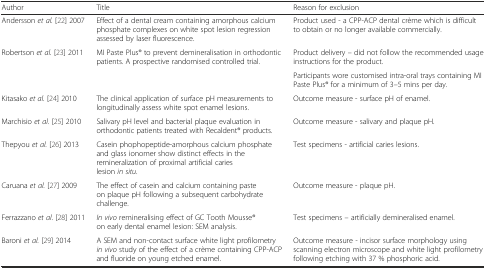
<table><thead><tr><td><b>Author</b></td><td><b>Title</b></td><td><b>Reason for exclusion</b></td></tr></thead><tbody><tr><td>Andersson <i>et al.</i> [22] 2007</td><td>Effect of a dental cream containing amorphous calcium phosphate complexes on white spot lesion regression assessed by laser fluorescence.</td><td>Product used - a CPP-ACP dental crème which is difficult to obtain or no longer available commercially.</td></tr><tr><td rowspan="2">Robertson <i>et al. </i>[23] 2011</td><td rowspan="2">MI Paste Plus® to prevent demineralisation in orthodontic patients. A prospective randomised controlled trial.</td><td>Product delivery – did not follow the recommended usage instructions for the product.</td></tr><tr><td>Participants wore customised intra-oral trays containing MI Paste Plus® for a minimum of 3–5 mins per day.</td></tr><tr><td>Kitasako <i>et al. </i>[24] 2010</td><td>The clinical application of surface pH measurements to longitudinally assess white spot enamel lesions.</td><td>Outcome measure - surface pH of enamel.</td></tr><tr><td>Marchisio <i>et al. </i>[25] 2010</td><td>Salivary pH level and bacterial plaque evaluation in orthodontic patients treated with Recaldent® products.</td><td>Outcome measure - salivary and plaque pH.</td></tr><tr><td>Thepyou <i>et al.</i> [26] 2013</td><td>Casein phophopeptide-amorphous calcium phosphate and glass ionomer show distinct effects in the remineralization of proximal artificial caries lesion <i>in situ</i>.</td><td>Test specimens - artificial caries lesions.</td></tr><tr><td>Caruana <i>et al.</i> [27] 2009</td><td>The effect of casein and calcium containing paste on plaque pH following a subsequent carbohydrate challenge.</td><td>Outcome measure - plaque pH.</td></tr><tr><td>Ferrazzano <i>et al.</i> [28] 2011</td><td><i>In vivo</i> remineralising effect of GC Tooth Mousse® on early dental enamel lesion: SEM analysis.</td><td>Test specimens – artificially demineralised enamel.</td></tr><tr><td>Baroni <i>et al.</i> [29] 2014</td><td>A SEM and non-contact surface white light profilometry <i>in vivo</i> study of the effect of a crème containing CPP-ACP and fluoride on young etched enamel.</td><td>Outcome measure <i>-</i> incisor surface morphology using scanning electron microscope and white light profilometry following etching with 37 % phosphoric acid.</td></tr></tbody></table>